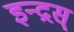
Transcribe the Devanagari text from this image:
इन्द्रस्